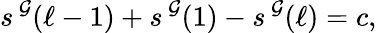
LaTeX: s^{\, \cal G}(\ell-1)+s^{\, \cal G}(1)-s^{\, \cal G}(\ell)=c,